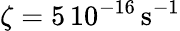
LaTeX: \zeta=5\, 10^{-16}\, \mathrm{s}^{-1}